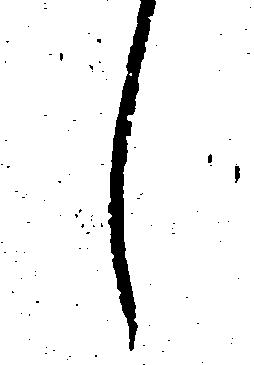
し